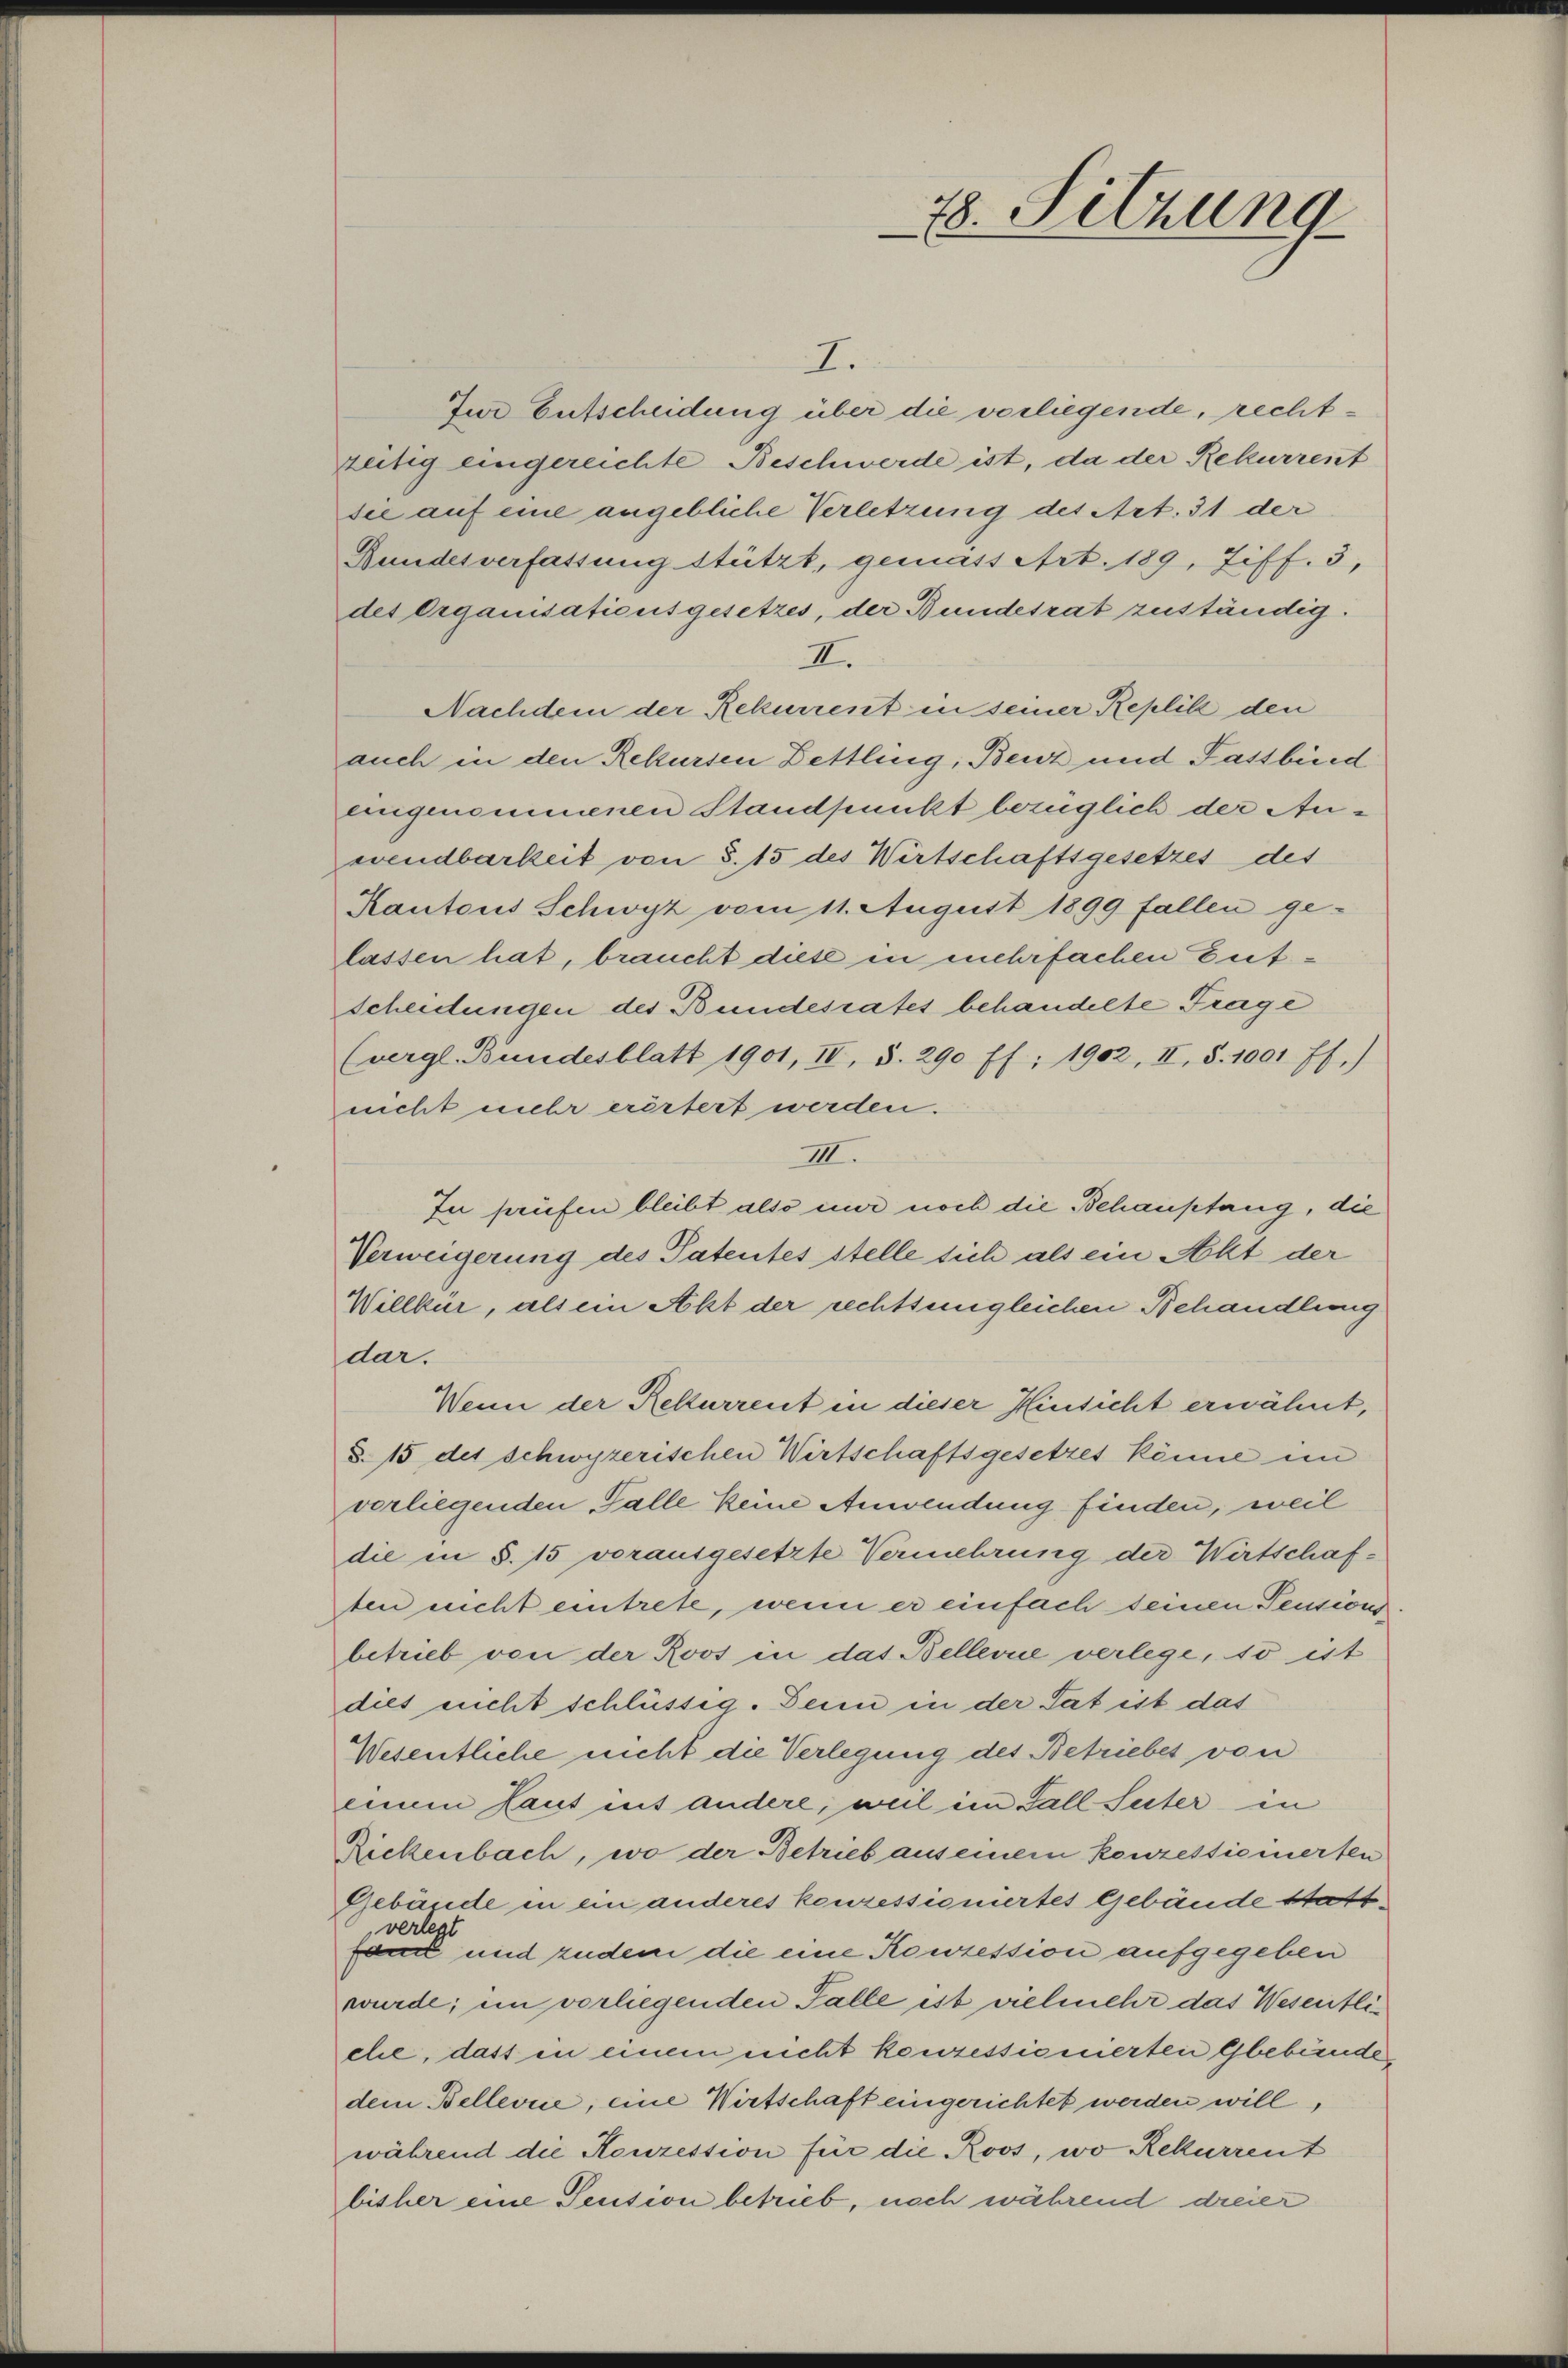
I.
Jur Entscheidung über die verliegende, rechtzeitig eingereichte Beschwerde ist, da der Rekurrent
sie auf eine angebliche Verletzung des Art. 31 der
Bundesverfassung stützt, gemäss Art. 189, Ziff. 3,
des Organisationsgesetzes, der Bundesrat zuständig.
II.
Nachdem der Rekurrent in seiner Replik den
auch in den Rekursen Bettling, Benz und Fassburd
eingenommenen Standpunkt bezüglich der Anwendbarkeit von §. 15 des Wirtschaftsgesetzes des
Kantons Schwyz vom 11. August 1899 fallen gelassen hat, braucht diese in mehrfachen Entscheidungen des Bundesrates behandelte Frage
(vergl. Bundesblatt 1901, II, S. 290 ff.; 1902, II, S. 1001 ff.)
nicht mehr erörtert werden.
IIII.
Iu prüfen bleibt also nur noch die Behauptang, die
Verweigerung des Patentes stelle sich als ein Akt der
Willkür, als ein Akt der rechtsengleichen Behandlung
dar.
Wenn der Rekurrent in dieser Hinsicht erwähnt,
§. 15 des schwyzerischen Wirtschaftsgesetzes könne im
verliegenden Falle keine Anwendung finden, weil
die in §. 15 vorausgesetzte Vermehrung der Wirtschaften nicht eintrete, wenn er einfach seinen Pensionsbetrieb von der Roos in das Bellerne verlege, so ist
dies nicht schlüssig. Dein in der Tat ist das
Wesentliche nicht die Verlegung des Betriebet von
einem Laut mit andere, weil im Fall Seiter in
Rickenbach, wo der Betrieb aus einem konzessieierten
Gebäude in ein anderes konzessioniertes Gebäude stattverlegt
fand und zudem die eine Konzession aufgegeben
wurde; im vorliegenden Falle ist vielmehr das Wesentliche, dass in einem nicht konzessionierten Gebunde
dem Bellevue, eine Wirtschaft eingerichtet werden will,
während die Konzession für die Roos, wo Rekurrent
bisher eine Pension betrieb, noch während dreier

78. Sitzung
—